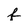
Character: f